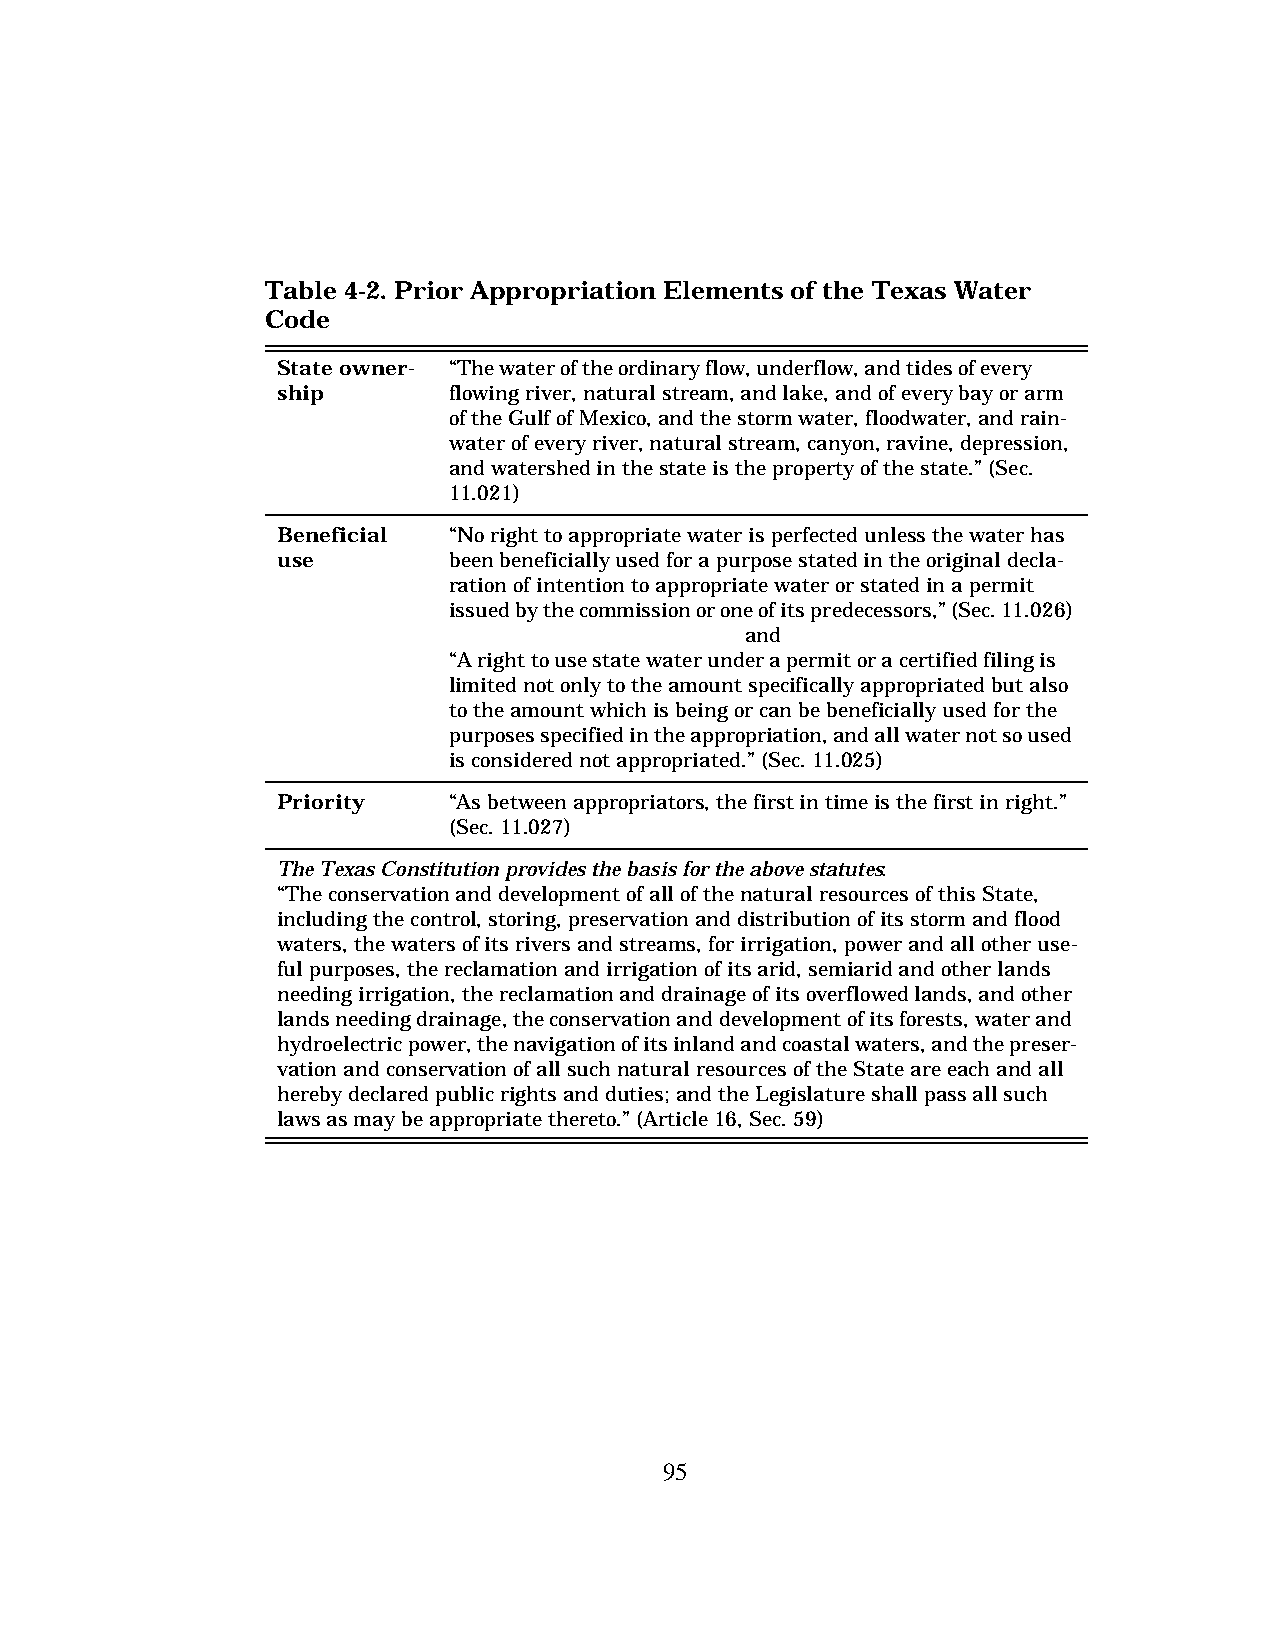
Table 4-2. Prior Appropriation Elements of the Texas Water
 Code
 State owner- “The water of the ordinary flow, underflow, and tides of every
 ship        flowing river, natural stream, and lake, and of every bay or arm
 of the Gulf of Mexico, and the storm water, floodwater, and rain-
 water of every river, natural stream, canyon, ravine, depression,
 and watershed in the state is the property of the state.” (Sec.
 11.021)
 Beneficial  “No right to appropriate water is perfected unless the water has
 use         been beneficially used for a purpose stated in the original decla-
 ration of intention to appropriate water or stated in a permit
 issued by the commission or one of its predecessors,” (Sec. 11.026)
 and
 “A right to use state water under a permit or a certified filing is
 limited not only to the amount specifically appropriated but also
 to the amount which is being or can be beneficially used for the
 purposes specified in the appropriation, and all water not so used
 is considered not appropriated.” (Sec. 11.025)
 Priority    “As between appropriators, the first in time is the first in right.”
 (Sec. 11.027)
 The Texas Constitution provides the basis for the above statutes:
 “The conservation and development of all of the natural resources of this State,
 including the control, storing, preservation and distribution of its storm and flood
 waters, the waters of its rivers and streams, for irrigation, power and all other use-
 ful purposes, the reclamation and irrigation of its arid, semiarid and other lands
 needing irrigation, the reclamation and drainage of its overflowed lands, and other
 lands needing drainage, the conservation and development of its forests, water and
 hydroelectric power, the navigation of its inland and coastal waters, and the preser-
 vation and conservation of all such natural resources of the State are each and all
 hereby declared public rights and duties; and the Legislature shall pass all such
 laws as may be appropriate thereto.” (Article 16, Sec. 59)
 95